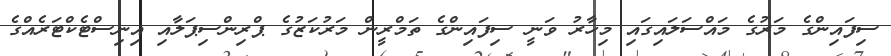
ސިފައިންގެ މަރުގެ މައްސަލައިގައި މިހާރު ވަނީ ސިފައިންގެ ތަމްރީން މަރުކަޒުގެ ޕްރިންސިޕަލާއި އިނިސްޓެކްޓަރެއްގެ